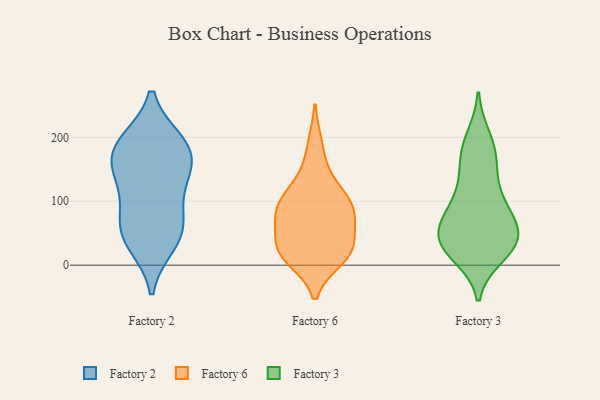
{"axis": {"x": "Customer Acquisition Cost (USD)", "y": "Value"}, "legend": ["Factory 2", "Factory 3", "Factory 6"], "data": [{"x": "", "y": 47, "type": "Factory 2"}, {"x": "", "y": 193, "type": "Factory 2"}, {"x": "", "y": 85, "type": "Factory 2"}, {"x": "", "y": 137, "type": "Factory 2"}, {"x": "", "y": 187, "type": "Factory 2"}, {"x": "", "y": 191, "type": "Factory 2"}, {"x": "", "y": 75, "type": "Factory 2"}, {"x": "", "y": 175, "type": "Factory 2"}, {"x": "", "y": 33, "type": "Factory 2"}, {"x": "", "y": 46, "type": "Factory 2"}, {"x": "", "y": 147, "type": "Factory 2"}, {"x": "", "y": 141, "type": "Factory 2"}, {"x": "", "y": 68, "type": "Factory 6"}, {"x": "", "y": 77, "type": "Factory 6"}, {"x": "", "y": 33, "type": "Factory 6"}, {"x": "", "y": 76, "type": "Factory 6"}, {"x": "", "y": 11, "type": "Factory 6"}, {"x": "", "y": 20, "type": "Factory 6"}, {"x": "", "y": 22, "type": "Factory 6"}, {"x": "", "y": 101, "type": "Factory 6"}, {"x": "", "y": 83, "type": "Factory 6"}, {"x": "", "y": 16, "type": "Factory 6"}, {"x": "", "y": 142, "type": "Factory 6"}, {"x": "", "y": 26, "type": "Factory 6"}, {"x": "", "y": 188, "type": "Factory 6"}, {"x": "", "y": 102, "type": "Factory 6"}, {"x": "", "y": 108, "type": "Factory 6"}, {"x": "", "y": 91, "type": "Factory 3"}, {"x": "", "y": 186, "type": "Factory 3"}, {"x": "", "y": 37, "type": "Factory 3"}, {"x": "", "y": 132, "type": "Factory 3"}, {"x": "", "y": 64, "type": "Factory 3"}, {"x": "", "y": 16, "type": "Factory 3"}, {"x": "", "y": 171, "type": "Factory 3"}, {"x": "", "y": 34, "type": "Factory 3"}, {"x": "", "y": 82, "type": "Factory 3"}, {"x": "", "y": 33, "type": "Factory 3"}, {"x": "", "y": 199, "type": "Factory 3"}, {"x": "", "y": 72, "type": "Factory 3"}, {"x": "", "y": 40, "type": "Factory 3"}, {"x": "", "y": 61, "type": "Factory 3"}, {"x": "", "y": 158, "type": "Factory 3"}, {"x": "", "y": 109, "type": "Factory 3"}, {"x": "", "y": 25, "type": "Factory 3"}, {"x": "", "y": 31, "type": "Factory 3"}]}